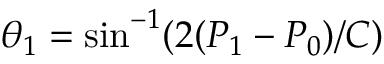
\theta _ { 1 } = \mathrm { s i n } ^ { - 1 } ( 2 ( P _ { 1 } - P _ { 0 } ) / C )